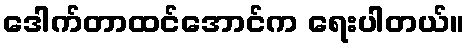
ဒေါက်တာထင်အောင်က ရေးပါတယ်။